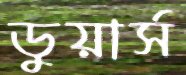
ডুয়ার্স